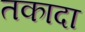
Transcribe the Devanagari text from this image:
तकादा